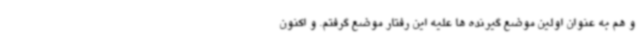
و هم به عنوان اولین موضع گیرنده ها علیه این رفتار موضع گرفتم. و اکنون